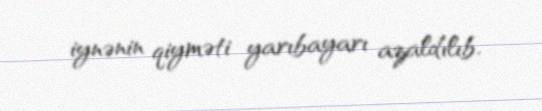
iynənin qiyməti yarıbayarı azaldılıb.